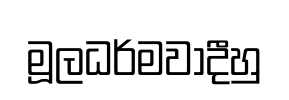
මූලධර්මවාදීහු